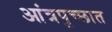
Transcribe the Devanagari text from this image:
आंत्रपुच्छात